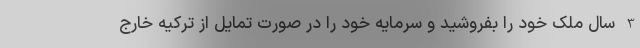
3 سال ملک خود را بفروشید و سرمایه خود را در صورت تمایل از ترکیه خارج